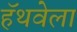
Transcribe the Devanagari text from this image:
हॅथवेला